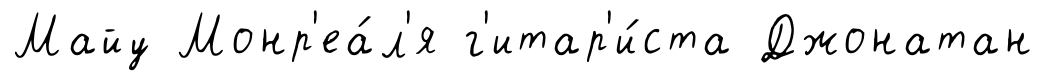
Майу Монр'еа́л'я г'итар'и́ста Джонатан